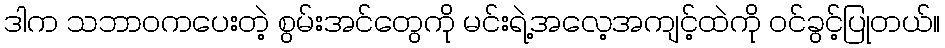
ဒါက သဘာဝကပေးတဲ့ စွမ်းအင်တွေကို မင်းရဲ့အလေ့အကျင့်ထဲကို ဝင်ခွင့်ပြုတယ်။